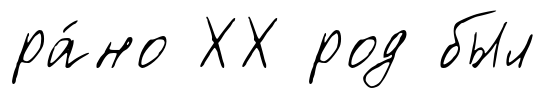
ра́но ХХ род был